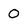
Character: 0